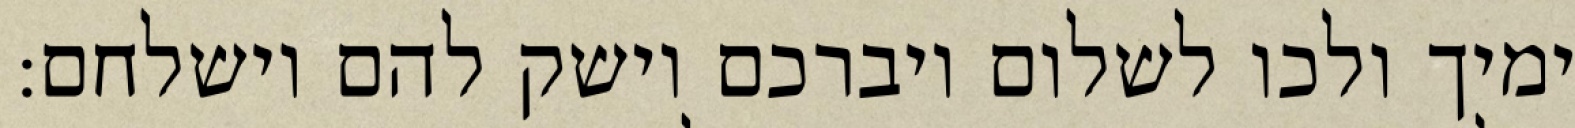
ימיך ולכו לשלום ויברכם וישק להם וישלחם: